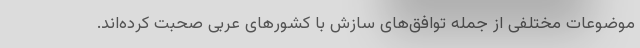
موضوعات مختلفی از جمله توافق‌های سازش با کشورهای عربی صحبت کرده‌اند.